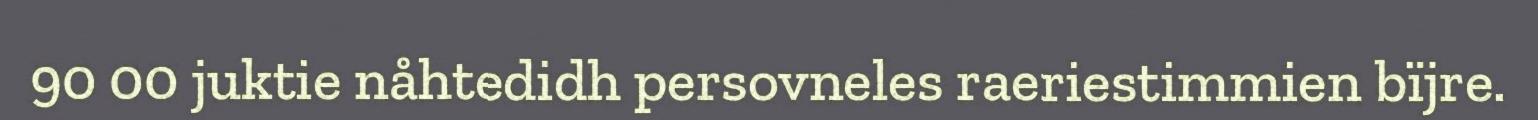
90 00 juktie nåhtedidh persovneles raeriestimmien bïjre.